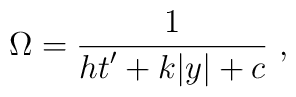
\Omega = {1\over\displaystyle {h t^{\prime} +k|y| +c}} ~,~\,